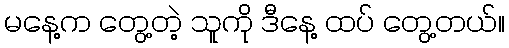
မနေ့က တွေ့တဲ့ သူကို ဒီနေ့ ထပ် တွေ့တယ်။